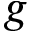
g